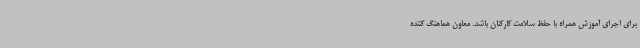
برای اجرای آموزش همراه با حفظ سلامت کارکنان باشد. معاون هماهنگ کننده